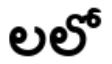
లలో